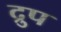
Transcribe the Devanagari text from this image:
द्रुप